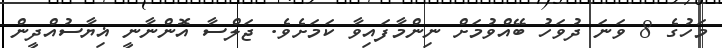
މަހުގެ 8 ވަނަ ދުވަހު ބޭއްވުމަށް ނިންމާފައިވާ ކަމަށެވެ. ޖަލްސާ އޮންނާނީ ޣިޔާސުއްދީން